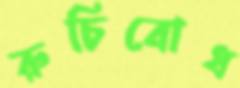
রুচিবোধ